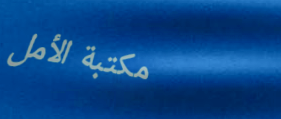
مكتبة الأمل